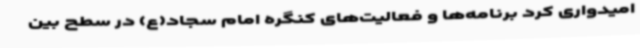
امیدواری کرد برنامه‌ها و فعالیت‌های کنگره امام سجاد(ع) در سطح بین